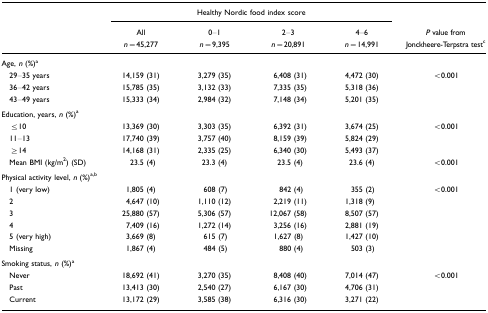
<table><thead><tr><td></td><td colspan="4"><b>Healthy Nordic food index score</b></td><td></td></tr><tr><td></td><td><b>All<i>n</i>=45,277</b></td><td><b>0–1<i>n</i>=9,395</b></td><td><b>2–3<i>n</i>=20,891</b></td><td><b>4–6<i>n</i>=14,991</b></td><td><b><i>P</i> value from Jonckheere-Terpstra testc</b></td></tr></thead><tbody><tr><td colspan="6">Age, <i>n</i> (%)a</td></tr><tr><td> 29–35 years</td><td>14,159 (31)</td><td>3,279 (35)</td><td>6,408 (31)</td><td>4,472 (30)</td><td>&lt;0.001</td></tr><tr><td> 36–42 years</td><td>15,785 (35)</td><td>3,132 (33)</td><td>7,335 (35)</td><td>5,318 (36)</td><td></td></tr><tr><td> 43–49 years</td><td>15,333 (34)</td><td>2,984 (32)</td><td>7,148 (34)</td><td>5,201 (35)</td><td></td></tr><tr><td colspan="6">Education, years, <i>n</i> (%)a</td></tr><tr><td> ≤10</td><td>13,369 (30)</td><td>3,303 (35)</td><td>6,392 (31)</td><td>3,674 (25)</td><td>&lt;0.001</td></tr><tr><td> 11–13</td><td>17,740 (39)</td><td>3,757 (40)</td><td>8,159 (39)</td><td>5,824 (29)</td><td></td></tr><tr><td> ≥14</td><td>14,168 (31)</td><td>2,335 (25)</td><td>6,340 (30)</td><td>5,493 (37)</td><td></td></tr><tr><td> Mean BMI (kg/m<sup>2</sup>) (SD)</td><td>23.5 (4)</td><td>23.3 (4)</td><td>23.5 (4)</td><td>23.6 (4)</td><td>&lt;0.001</td></tr><tr><td colspan="6">Physical activity level, <i>n</i> (%)ab</td></tr><tr><td> 1 (very low)</td><td>1,805 (4)</td><td>608 (7)</td><td>842 (4)</td><td>355 (2)</td><td>&lt;0.001</td></tr><tr><td> 2</td><td>4,647 (10)</td><td>1,110 (12)</td><td>2,219 (11)</td><td>1,318 (9)</td><td></td></tr><tr><td> 3</td><td>25,880 (57)</td><td>5,306 (57)</td><td>12,067 (58)</td><td>8,507 (57)</td><td></td></tr><tr><td> 4</td><td>7,409 (16)</td><td>1,272 (14)</td><td>3,256 (16)</td><td>2,881 (19)</td><td></td></tr><tr><td> 5 (very high)</td><td>3,669 (8)</td><td>615 (7)</td><td>1,627 (8)</td><td>1,427 (10)</td><td></td></tr><tr><td> Missing</td><td>1,867 (4)</td><td>484 (5)</td><td>880 (4)</td><td>503 (3)</td><td></td></tr><tr><td colspan="6">Smoking status, <i>n</i> (%)a</td></tr><tr><td> Never</td><td>18,692 (41)</td><td>3,270 (35)</td><td>8,408 (40)</td><td>7,014 (47)</td><td>&lt;0.001</td></tr><tr><td> Past</td><td>13,413 (30)</td><td>2,540 (27)</td><td>6,167 (30)</td><td>4,706 (31)</td><td></td></tr><tr><td> Current</td><td>13,172 (29)</td><td>3,585 (38)</td><td>6,316 (30)</td><td>3,271 (22)</td><td></td></tr></tbody></table>